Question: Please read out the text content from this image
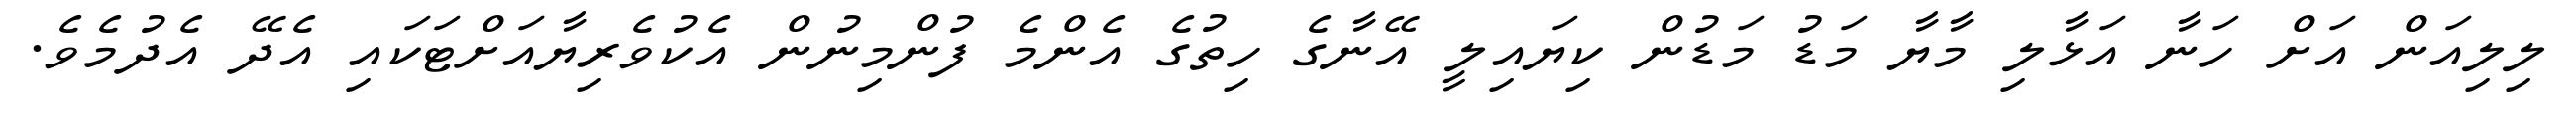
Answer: ލިލިއަން އަށް ހަނާ އަޅާލި މާޔާ މަޑު މަޑުން ކިޔައިލީ އޭނާގެ ހިތުގެ އެންމެ ފުންމިނުން އެކުވެރިޔާއަށްޓަކައި އެދޭ އެދުމެވެ.